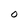
Character: 0